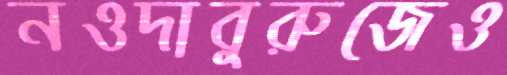
নওদাবুরুজেও